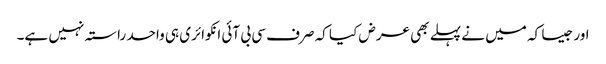
اور جیسا کہ میں نے پہلے بھی عرض کیا کہ صرف سی بی آئی انکوائری ہی واحد راستہ نہیں ہے۔